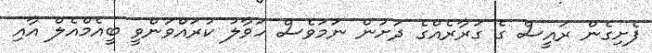
ފެށިގެން ރައީސް ގެ ގަރާރެއްގެ ދަށުން ނަމަވެސް ހަވާލު ކުރައްވަންވީ ބީއެމްއެލް އާއި